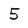
Character: 5